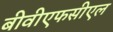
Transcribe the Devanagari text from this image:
बीवीएफसीएल